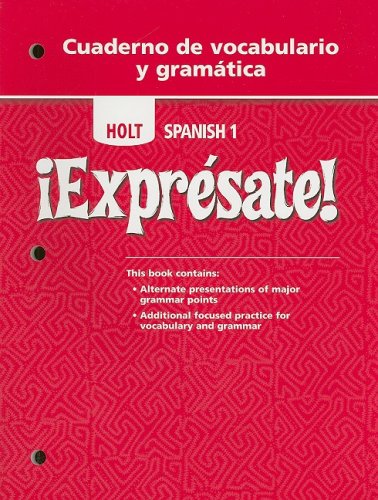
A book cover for ?Expr?sate!: Cuaderno de vocabulario y gramatica Student Edition Level 1 (English and Spanish Edition); RINEHART AND WINSTON HOLT; Teen & Young Adult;